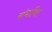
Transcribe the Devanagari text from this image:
संभावित